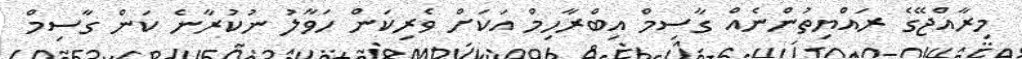
މިރާއްޖޭގެ ރައްޔިތުންނެއް ގާސިމް އިބްރާހިމް އަކަށް ވެރިކަން ހަވާލު ނުކުރާނެ ކަން ގާސިމް